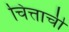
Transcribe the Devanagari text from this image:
चित्ताची